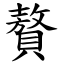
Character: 贅